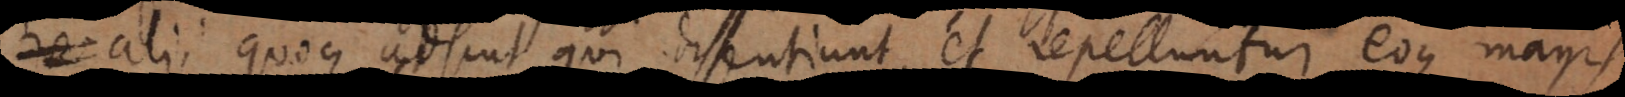
alii quoque adsint qui dissentiunt, et repelluntur, eoque magis